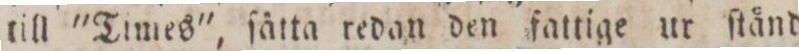
till 'Times', ſätta redan den fattige ur ſtånd